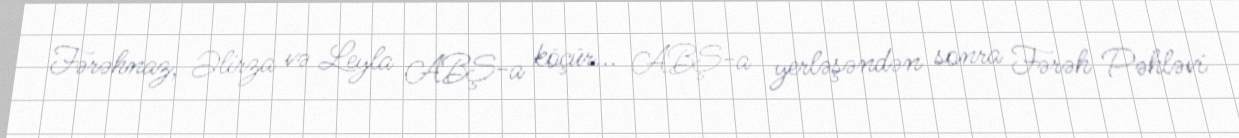
Fərəhnaz, Əlirza və Leyla ABŞ-a köçür... ABŞ-a yerləşəndən sonra Fərəh Pəhləvi